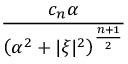
\frac { c _ { n } \alpha } { \left( \alpha ^ { 2 } + | { \boldsymbol { \xi } } | ^ { 2 } \right) ^ { \frac { n + 1 } { 2 } } }